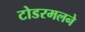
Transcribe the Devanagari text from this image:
टोडरमलने